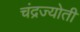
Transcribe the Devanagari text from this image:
चंद्रज्योती